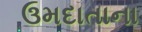
ઉમદાતાના